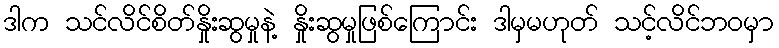
ဒါက သင်လိင်စိတ်နှိုးဆွမှုနဲ့ နှိုးဆွမှုဖြစ်ကြောင်း ဒါမှမဟုတ် သင့်လိင်ဘ၀မှာ